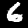
Digit: 6